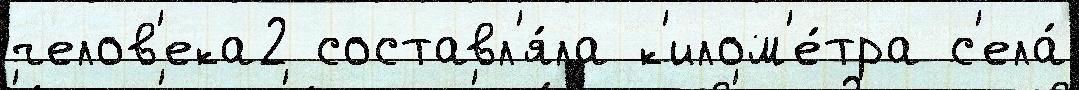
челов'ека2 составл'я́ла к'илом'е́тра с'ела́